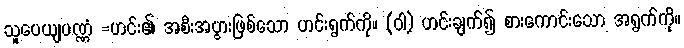
သူပေယျပဏ္ဏံ =ဟင်း၏ အစီးအပွားဖြစ်သော ဟင်းရွက်ကို။ (ဝါ) ဟင်းချက်၍ စားကောင်းသော အရွက်ကို။